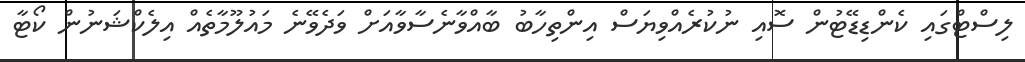
ލިސްޓްގައި ކެންޑިޑޭޓުން ސޮއި ނުކުރެއްވިޔަސް އިންތިހާބު ބާއްވާނެސާވާއަށް ވަދެވޭނެ މައުލޫމާތެއް އިލެކްޝަނުން ކޯޓާ